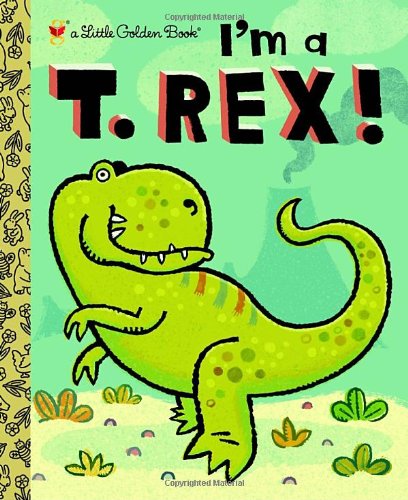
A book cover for I'm a T. Rex! (Little Golden Book); Dennis Shealy; Children's Books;